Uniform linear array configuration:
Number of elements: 4
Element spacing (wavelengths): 0.75
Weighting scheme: cosine
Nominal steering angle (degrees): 15
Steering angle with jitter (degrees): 15.802
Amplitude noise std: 0.05
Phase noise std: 0.05

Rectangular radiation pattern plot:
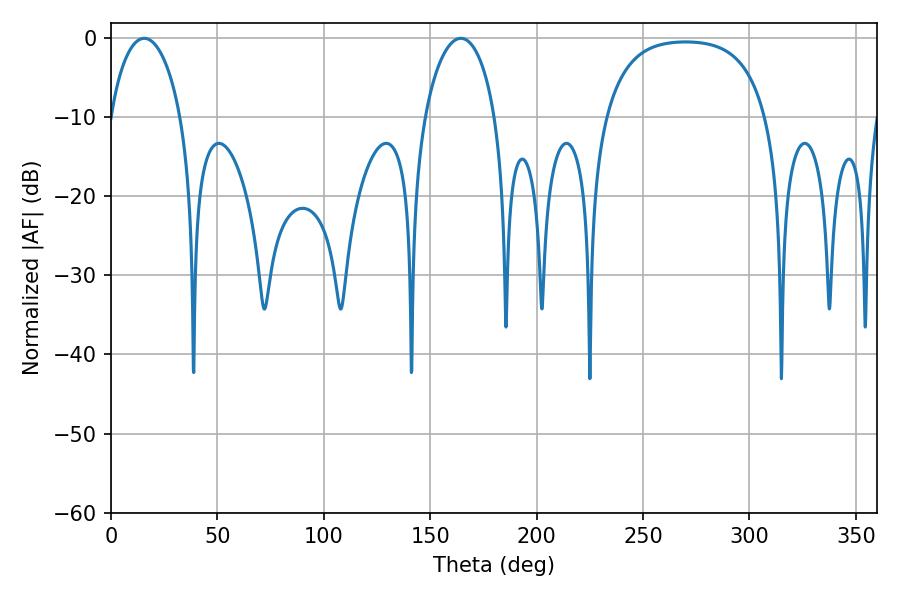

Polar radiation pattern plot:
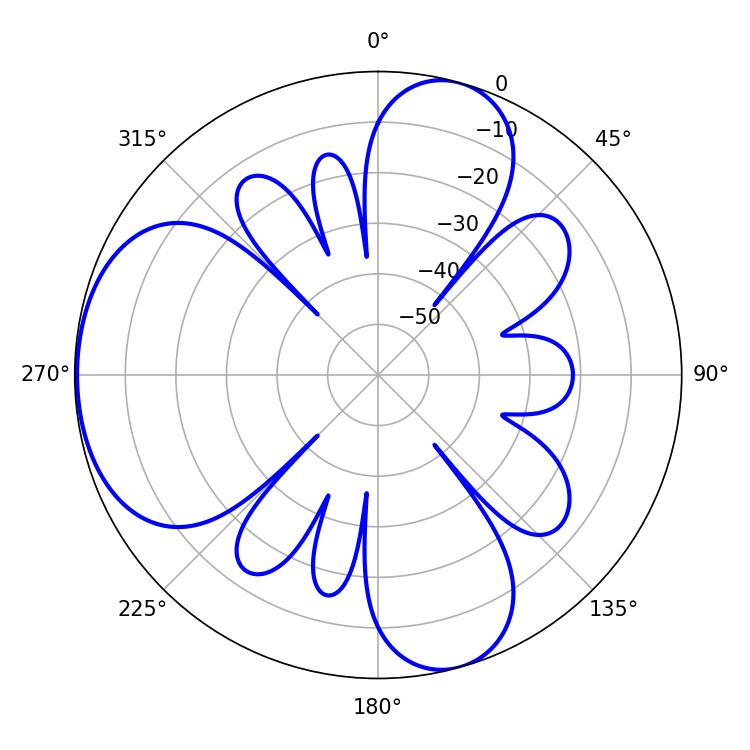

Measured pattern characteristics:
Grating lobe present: TRUE
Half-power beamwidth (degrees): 19.08
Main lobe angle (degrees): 15.66